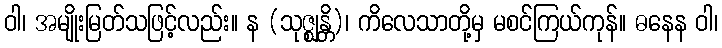
ဝါ၊ အမျိုးမြတ်သဖြင့်လည်း။ န (သုဇ္ဈန္တိ)၊ ကိလေသာတို့မှ မစင်ကြယ်ကုန်။ ဓနေန ဝါ၊